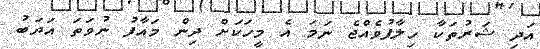
އަދި ޝަރުތަކާ ހިލާފުވެއްޖެ ނަމަ އެ މީހަކަށް ދިން މައާފު ނުވަތަ އަދަބު